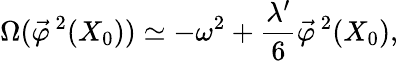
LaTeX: \Omega(\vec{\varphi}^{\, 2}(X_{0}))\simeq-\omega^{2}+\frac{\lambda^{\prime}}{6}\vec{\varphi}^{\, 2}(X_{0}),